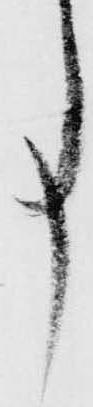
事